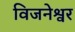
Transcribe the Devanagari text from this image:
विजनेश्वर